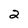
Character: 2